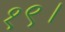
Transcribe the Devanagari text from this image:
१९।